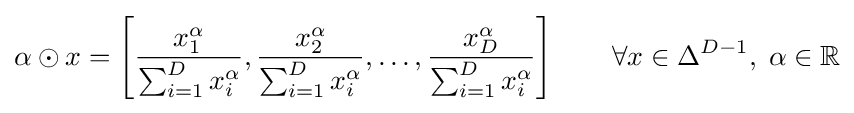
\alpha \odot x=\left[{\frac {x_{1}^{\alpha }}{\sum _{i=1}^{D}x_{i}^{\alpha }}},{\frac {x_{2}^{\alpha }}{\sum _{i=1}^{D}x_{i}^{\alpha }}},\ldots ,{\frac {x_{D}^{\alpha }}{\sum _{i=1}^{D}x_{i}^{\alpha }}}\right]\qquad \forall x\in \Delta ^{D-1},\;\alpha \in \mathbb {R}